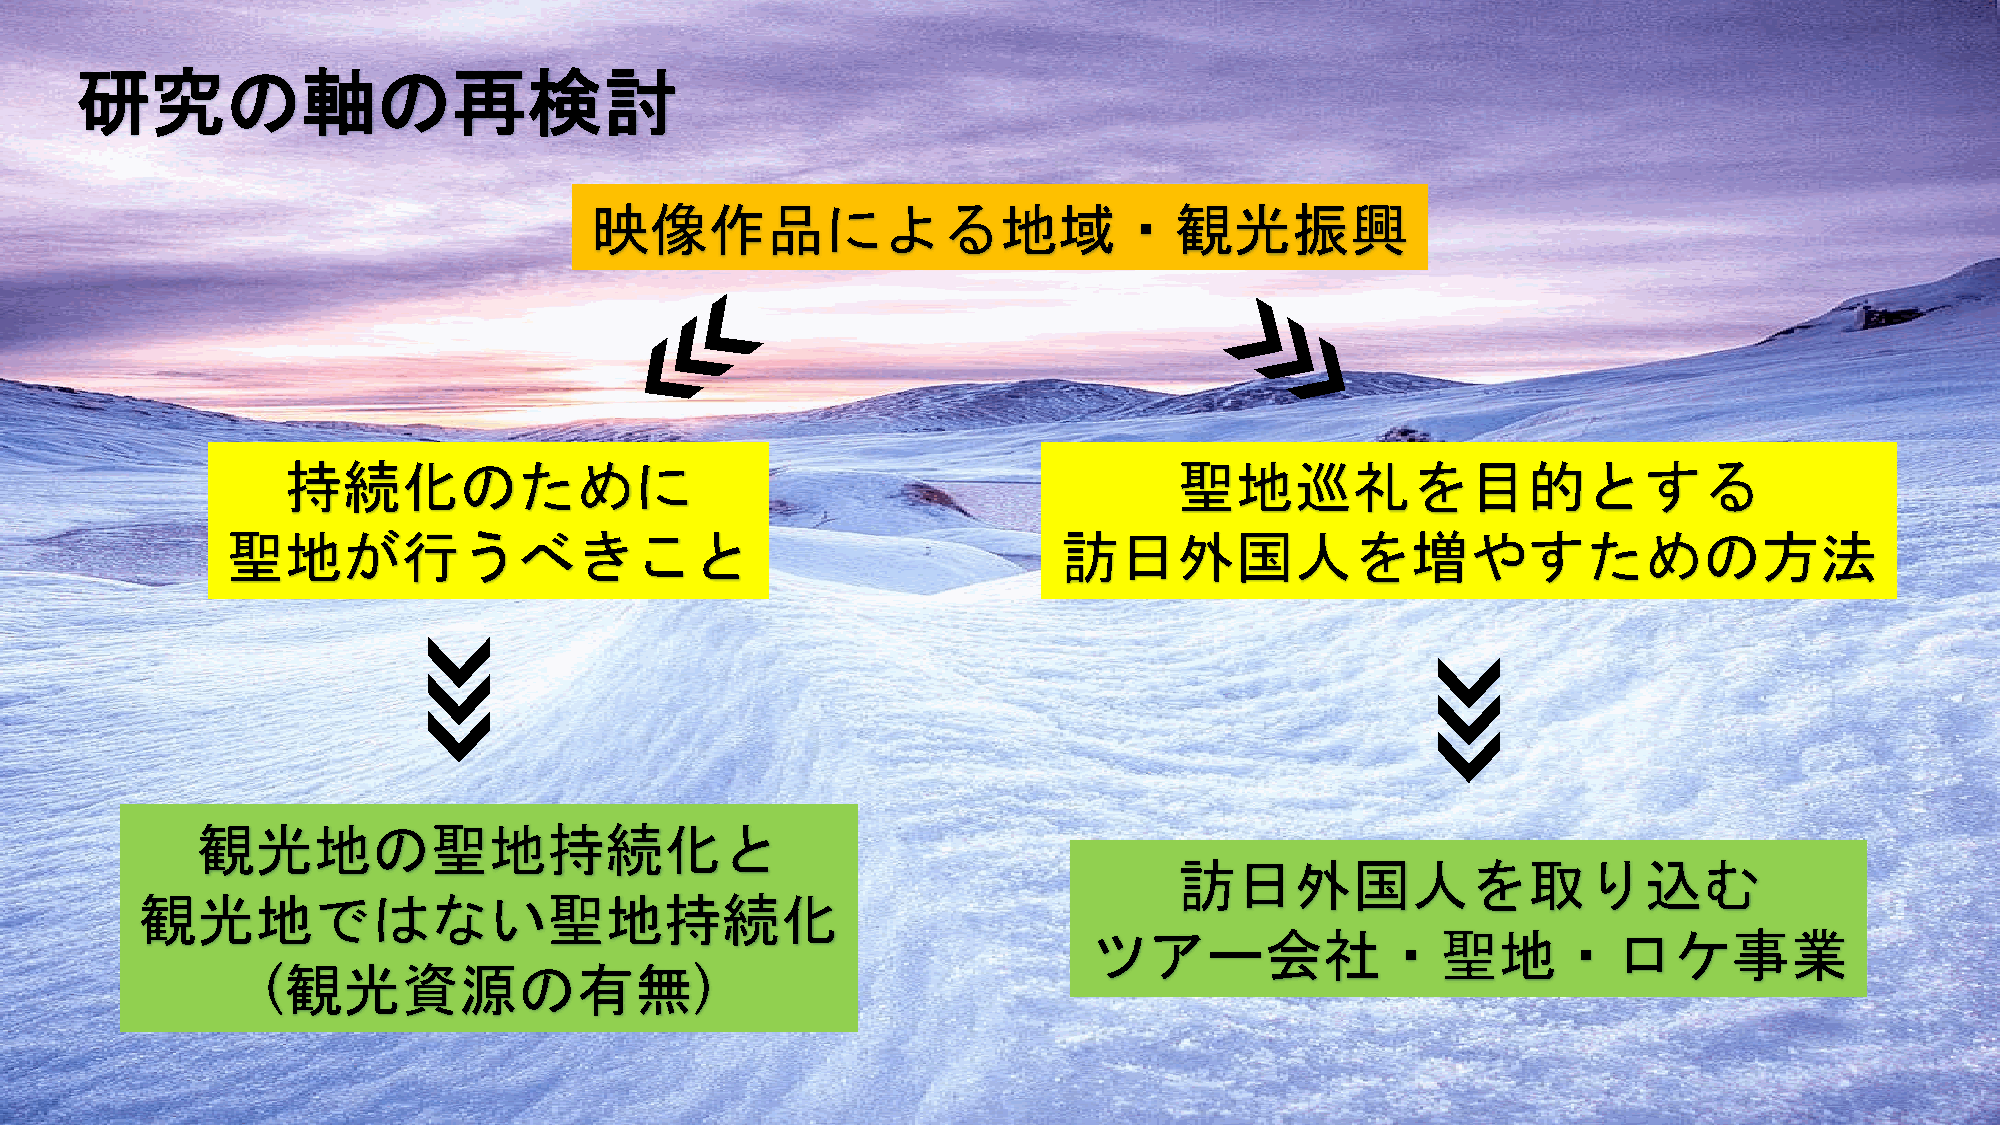
研究の軸の再検討
 映像作品による地域・観光振興
 持続化のために                                                    聖地巡礼を目的とする
 聖地が行うべきこと                                              訪日外国人を増やすための方法
 観光地の聖地持続化と
 訪日外国人を取り込む
 観光地ではない聖地持続化
 ツアー会社・聖地・ロケ事業
 (観光資源の有無)